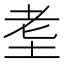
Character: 𱖠